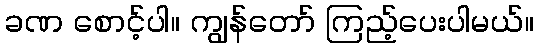
ခဏ စောင့်ပါ။ ကျွန်တော် ကြည့်ပေးပါမယ်။